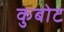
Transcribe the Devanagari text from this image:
कुबोट